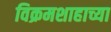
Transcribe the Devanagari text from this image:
विक्रमशाहाच्या